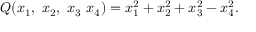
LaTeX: Q ( x _ { 1 } , \ x _ { 2 } , \ x _ { 3 } \ x _ { 4 } ) = x _ { 1 } ^ { 2 } + x _ { 2 } ^ { 2 } + x _ { 3 } ^ { 2 } - x _ { 4 } ^ { 2 } .